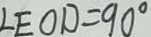
\angle E O D = 9 0 ^ { \circ }